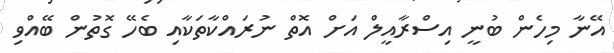
އޭނާ މިހެން ބުނީ އިސްރާއީލް އަށް އޮތް ނުރައްކާތަކާއި ބެހޭ ގޮތުން ބޭއްވި